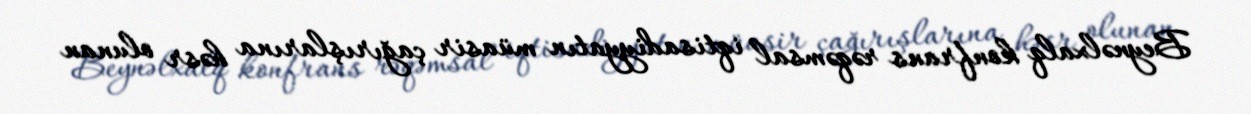
Beynəlxalq konfrans rəqəmsal iqtisadiyyatın müasir çağırışlarına həsr olunan